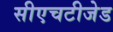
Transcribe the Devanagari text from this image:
सीएचटीजेड